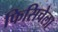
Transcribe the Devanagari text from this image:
फिसिचेला